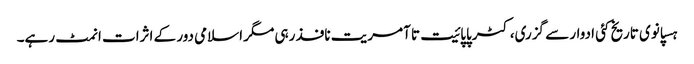
ہسپانوی تاریخ کئی ادوار سے گزری، کٹرپاپائیت تا آمریت نافذ رہی مگر اسلامی دور کے اثرات انمٹ رہے۔